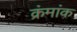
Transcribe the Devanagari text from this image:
क्रंमांक